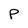
Character: p